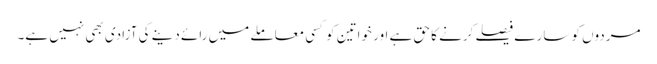
مردوں کو سارے فیصلے کرنے کا حق ہے اور خواتین کوکسی معاملے میں رائے دینے کی آزادی بھی نہیں ہے۔